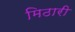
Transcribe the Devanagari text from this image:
मिठारी